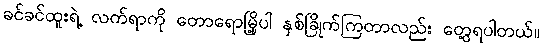
ခင်ခင်ထူးရဲ့ လက်ရာကို တောရောမြို့ပါ နှစ်ခြိုက်ကြတာလည်း တွေ့ရပါတယ်။